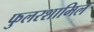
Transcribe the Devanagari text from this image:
फुलरशामिल